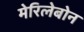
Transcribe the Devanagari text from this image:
मेरिलेबोन